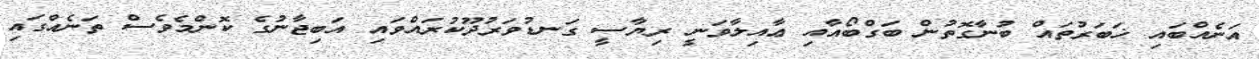
އަނެއްބައި ޚަބަރުތައް ބުނާގޮތުން ބަގްބޯއާއި ޢާއިލާވަނީ ރިޔާސީ ގަނޑުވަރުދޫކުރައްވައި އަބިޖާނުގެ ކޮންމެވެސް ތަނެއްގައި